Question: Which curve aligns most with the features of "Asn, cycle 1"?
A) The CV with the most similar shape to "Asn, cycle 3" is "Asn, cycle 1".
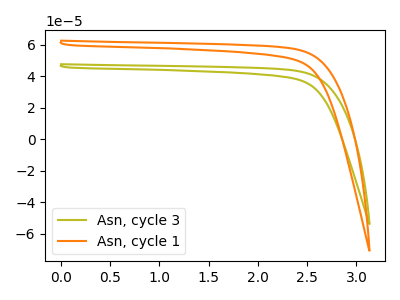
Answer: <think>The olive curve "Asn, cycle 3" has no peaks. The orange curve "Asn, cycle 1" has no peaks.
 Neither "Asn, cycle 3" or "Asn, cycle 1" have any peaks.</think>
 <answer>A) The CV with the most similar shape to "Asn, cycle 3" is "Asn, cycle 1".</answer>
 <eval>A</eval>